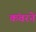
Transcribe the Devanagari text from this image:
कंवरने